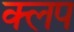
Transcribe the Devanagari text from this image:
क्लप